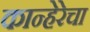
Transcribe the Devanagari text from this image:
कान्हेरेचा